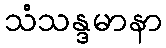
သံသန္ဒမာနာ